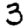
Digit: 3